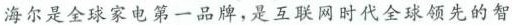
海尔是全球家电第一品牌，是互联网时代全球领先的智